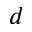
d